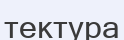
тектура